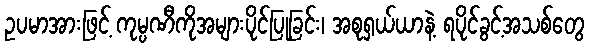
ဥပမာအားဖြင့် ကုမ္ပဏီကိုအများပိုင်ပြုခြင်း၊ အစုရှယ်ယာနဲ့ ရပိုင်ခွင့်အသစ်တွေ